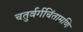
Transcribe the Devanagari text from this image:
चतुर्वर्गचिंतामणि